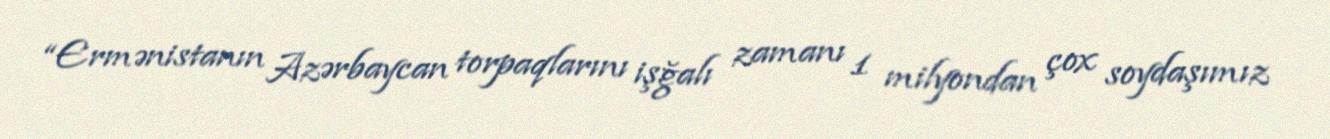
“Ermənistanın Azərbaycan torpaqlarını işğalı zamanı 1 milyondan çox soydaşımız